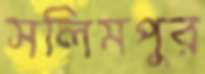
সলিমপুর